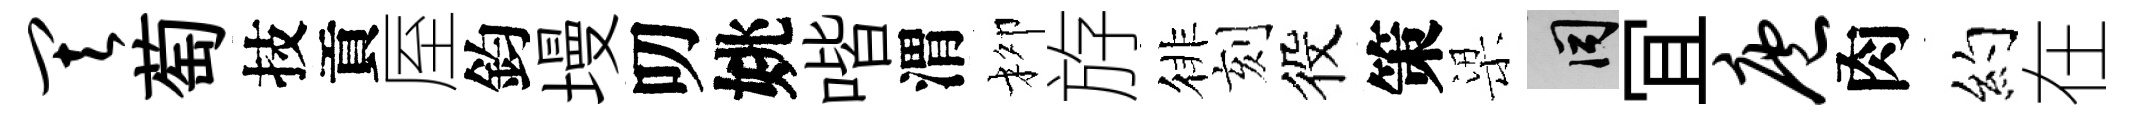
其萄技貢厔鈞墁叨姚喈渭柳斿徘刻役策梁间冝庖肉约在